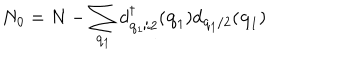
N _ { 0 } = N - \sum _ { { \bf { q } } _ { 1 } } d _ { { \bf { q } } _ { 1 } / 2 } ^ { \dagger } ( { \bf { q } } _ { 1 } ) d _ { { \bf { q } } _ { 1 } / 2 } ( { \bf { q } } _ { 1 } )